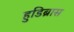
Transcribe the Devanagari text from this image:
हुडिब्रास